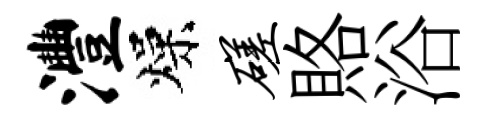
澧燥磋賂浴